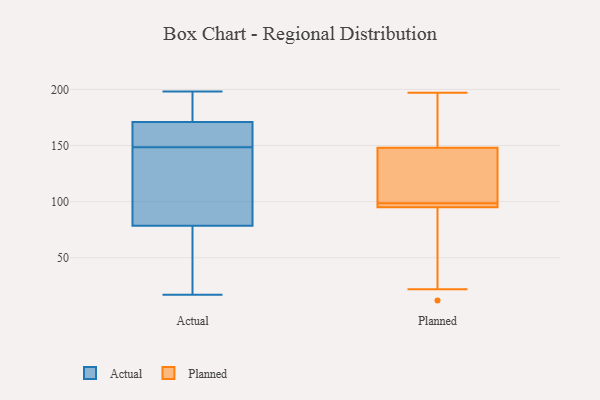
{"axis": {"x": "Energy Usage (MWh)", "y": "Value"}, "legend": ["Actual", "Planned"], "data": [{"x": "", "y": 174, "type": "Actual"}, {"x": "", "y": 145, "type": "Actual"}, {"x": "", "y": 156, "type": "Actual"}, {"x": "", "y": 131, "type": "Actual"}, {"x": "", "y": 48, "type": "Actual"}, {"x": "", "y": 27, "type": "Actual"}, {"x": "", "y": 168, "type": "Actual"}, {"x": "", "y": 152, "type": "Actual"}, {"x": "", "y": 164, "type": "Actual"}, {"x": "", "y": 184, "type": "Actual"}, {"x": "", "y": 195, "type": "Actual"}, {"x": "", "y": 109, "type": "Actual"}, {"x": "", "y": 198, "type": "Actual"}, {"x": "", "y": 117, "type": "Actual"}, {"x": "", "y": 47, "type": "Actual"}, {"x": "", "y": 17, "type": "Actual"}, {"x": "", "y": 97, "type": "Planned"}, {"x": "", "y": 12, "type": "Planned"}, {"x": "", "y": 101, "type": "Planned"}, {"x": "", "y": 98, "type": "Planned"}, {"x": "", "y": 148, "type": "Planned"}, {"x": "", "y": 182, "type": "Planned"}, {"x": "", "y": 22, "type": "Planned"}, {"x": "", "y": 197, "type": "Planned"}, {"x": "", "y": 117, "type": "Planned"}, {"x": "", "y": 79, "type": "Planned"}, {"x": "", "y": 150, "type": "Planned"}, {"x": "", "y": 99, "type": "Planned"}, {"x": "", "y": 95, "type": "Planned"}, {"x": "", "y": 95, "type": "Planned"}]}